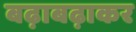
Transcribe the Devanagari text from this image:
बढ़ाबढ़ाकर